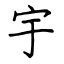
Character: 宇